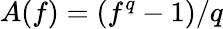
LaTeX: A(f)=(f^{q}-1)/q